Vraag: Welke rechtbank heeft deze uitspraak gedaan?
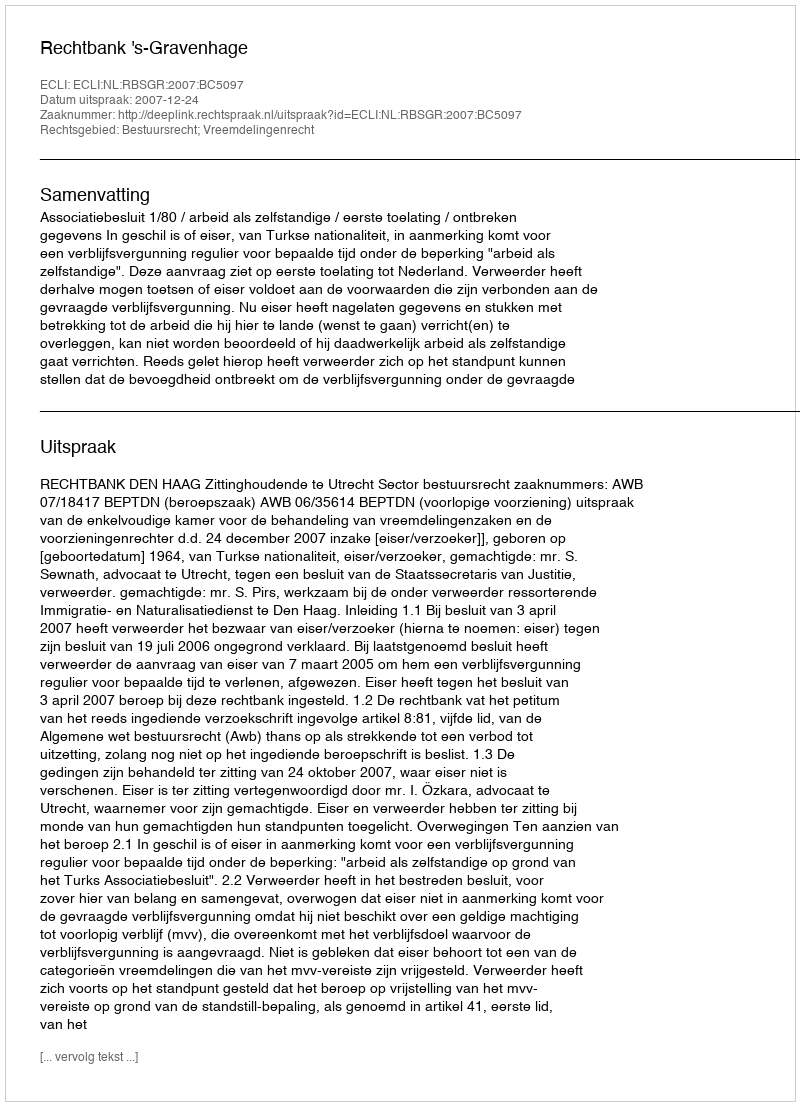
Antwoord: Rechtbank 's-Gravenhage